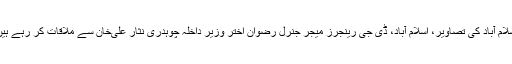
اسلام آباد کی تصاویر، اسلام آباد، ڈی جی رینجرز میجر جنرل رضوان اختر وزیر داخلہ چوہدری نثار علی‌خان سے ملاقات کر رہے ہیں۔